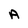
Character: A